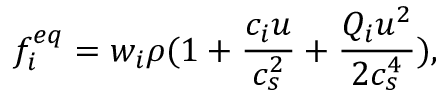
f _ { i } ^ { e q } = w _ { i } \rho ( 1 + \frac { c _ { i } u } { c _ { s } ^ { 2 } } + \frac { Q _ { i } u ^ { 2 } } { 2 c _ { s } ^ { 4 } } ) ,